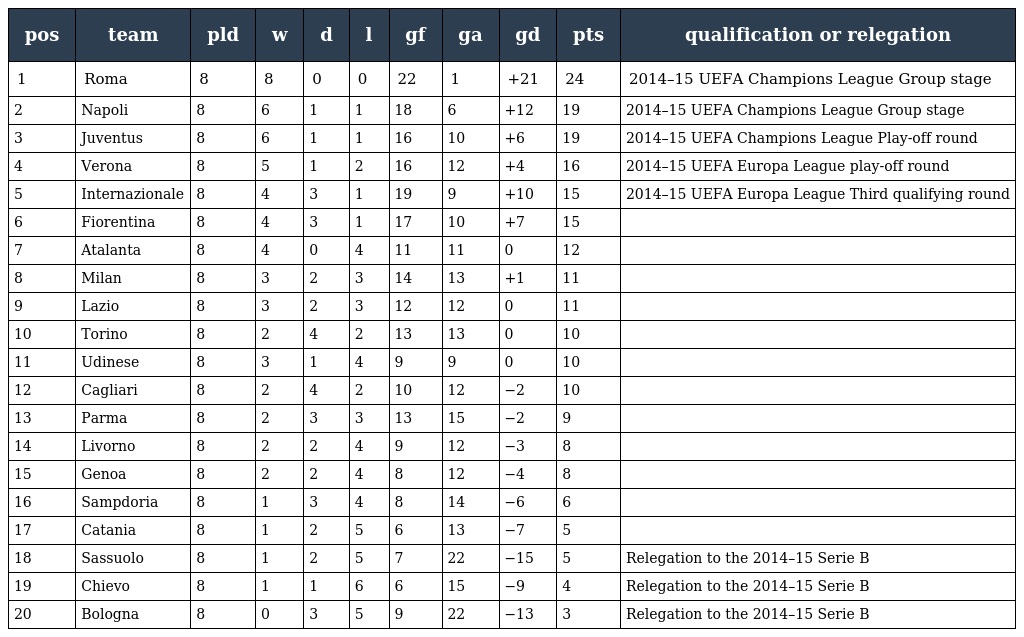
| pos | team | pld | w | d | l | gf | ga | gd | pts | qualification or relegation |
 | --- | --- | --- | --- | --- | --- | --- | --- | --- | --- | --- |
 | 1 | Roma | 8 | 8 | 0 | 0 | 22 | 1 | +21 | 24 | 2014–15 UEFA Champions League Group stage |
 | 2 | Napoli | 8 | 6 | 1 | 1 | 18 | 6 | +12 | 19 | 2014–15 UEFA Champions League Group stage |
 | 3 | Juventus | 8 | 6 | 1 | 1 | 16 | 10 | +6 | 19 | 2014–15 UEFA Champions League Play-off round |
 | 4 | Verona | 8 | 5 | 1 | 2 | 16 | 12 | +4 | 16 | 2014–15 UEFA Europa League play-off round |
 | 5 | Internazionale | 8 | 4 | 3 | 1 | 19 | 9 | +10 | 15 | 2014–15 UEFA Europa League Third qualifying round |
 | 6 | Fiorentina | 8 | 4 | 3 | 1 | 17 | 10 | +7 | 15 |  |
 | 7 | Atalanta | 8 | 4 | 0 | 4 | 11 | 11 | 0 | 12 |  |
 | 8 | Milan | 8 | 3 | 2 | 3 | 14 | 13 | +1 | 11 |  |
 | 9 | Lazio | 8 | 3 | 2 | 3 | 12 | 12 | 0 | 11 |  |
 | 10 | Torino | 8 | 2 | 4 | 2 | 13 | 13 | 0 | 10 |  |
 | 11 | Udinese | 8 | 3 | 1 | 4 | 9 | 9 | 0 | 10 |  |
 | 12 | Cagliari | 8 | 2 | 4 | 2 | 10 | 12 | −2 | 10 |  |
 | 13 | Parma | 8 | 2 | 3 | 3 | 13 | 15 | −2 | 9 |  |
 | 14 | Livorno | 8 | 2 | 2 | 4 | 9 | 12 | −3 | 8 |  |
 | 15 | Genoa | 8 | 2 | 2 | 4 | 8 | 12 | −4 | 8 |  |
 | 16 | Sampdoria | 8 | 1 | 3 | 4 | 8 | 14 | −6 | 6 |  |
 | 17 | Catania | 8 | 1 | 2 | 5 | 6 | 13 | −7 | 5 |  |
 | 18 | Sassuolo | 8 | 1 | 2 | 5 | 7 | 22 | −15 | 5 | Relegation to the 2014–15 Serie B |
 | 19 | Chievo | 8 | 1 | 1 | 6 | 6 | 15 | −9 | 4 | Relegation to the 2014–15 Serie B |
 | 20 | Bologna | 8 | 0 | 3 | 5 | 9 | 22 | −13 | 3 | Relegation to the 2014–15 Serie B |